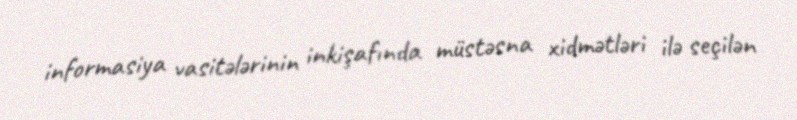
informasiya vasitələrinin inkişafında müstəsna xidmətləri ilə seçilən